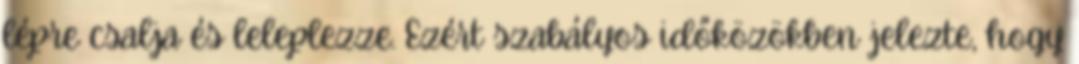
lépre csalja és leleplezze. Ezért szabályos időközökben jelezte, hogy